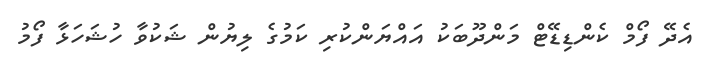
އެދޭ ފޯމް ކެންޑިޑޭޓް މަންދޫބަކު އައްޔަންކުރި ކަމުގެ ލިޔުން ޝަކުވާ ހުޝަހަޅާ ފޯމު